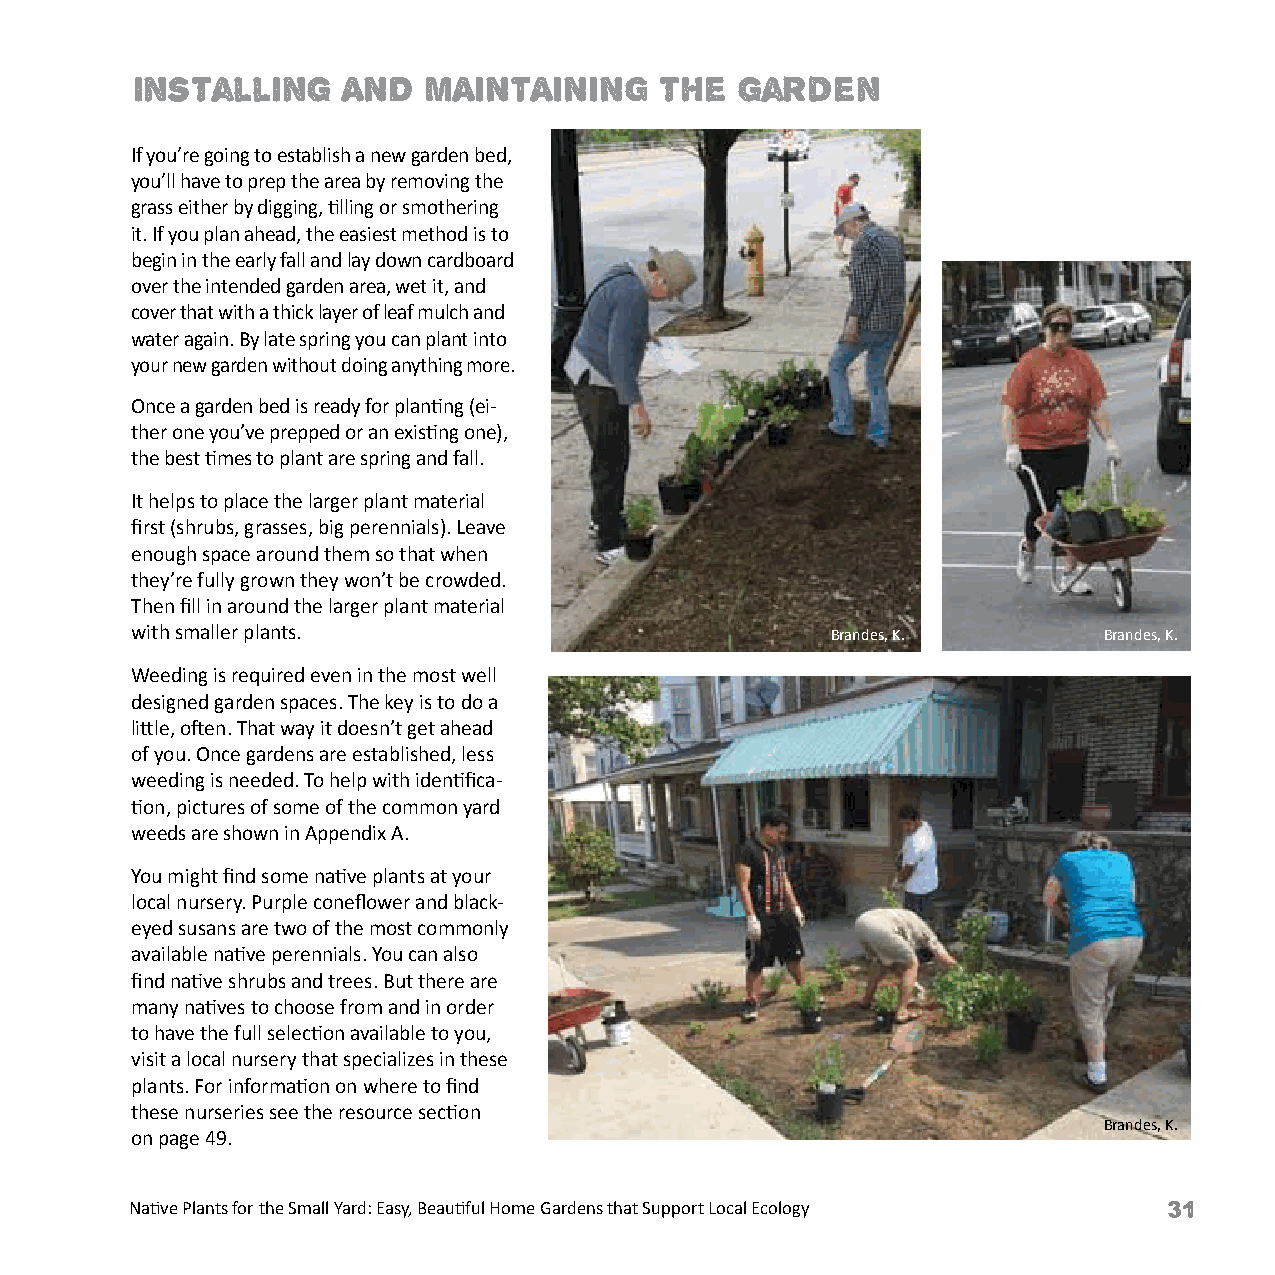
installing    AND  MAINTAINING     the  garden
 If you’re going to establish a new garden bed,
 you’ll have to prep the area by removing the
 grass either by digging, tilling or smothering
 it. If you plan ahead, the easiest method is to
 begin in the early fall and lay down cardboard
 over the intended garden area, wet it, and
 cover that with a thick layer of leaf mulch and
 water again. By late spring you can plant into
 your new garden without doing anything more.
 Once a garden bed is ready for planting (ei-
 ther one you’ve prepped or an existing one),
 the best times to plant are spring and fall.
 It helps to place the larger plant material
 first (shrubs, grasses, big perennials). Leave
 enough space around them so that when
 they’re fully grown they won’t be crowded.
 Then fill in around the larger plant material
 with smaller plants.                          Brandes, K.       Brandes, K.
 Weeding is required even in the most well
 designed garden spaces. The key is to do a
 little, often. That way it doesn’t get ahead
 of you. Once gardens are established, less
 weeding is needed. To help with identifica-
 tion, pictures of some of the common yard
 weeds are shown in Appendix A.
 You might find some native plants at your
 local nursery. Purple coneflower and black-
 eyed susans are two of the most commonly
 available native perennials. You can also
 find native shrubs and trees. But there are
 many natives to choose from and in order
 to have the full selection available to you,
 visit a local nursery that specializes in these
 plants. For information on where to find
 these nurseries see the resource section
 Brandes, K.
 on page 49.
 Native Plants for the Small Yard: Easy, Beautiful Home Gardens that Support Local Ecology Native Plants for the Small Yard: Easy, Beautiful Home Gardens that Support Local Ecology 31